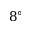
8 ^ { \circ }